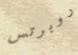
روبرتس